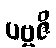
ပဗ္ဗဇိ